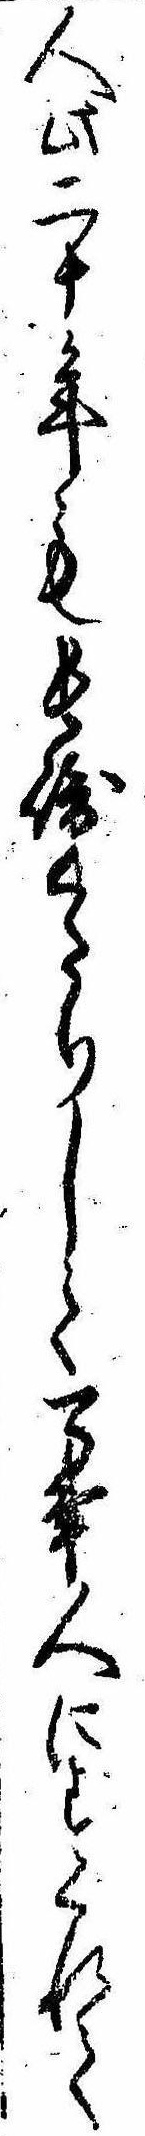
人此二十年も長崎くたりして万事人にすぐれて